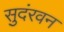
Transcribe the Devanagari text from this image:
सुदंरवन